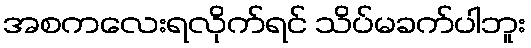
အစကလေးရလိုက်ရင် သိပ်မခက်ပါဘူး